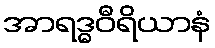
အာရဒ္ဓဝီရိယာနံ